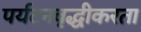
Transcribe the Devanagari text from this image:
पर्यटनवृद्धीकरता